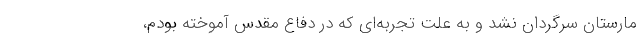
مارستان سرگردان نشد و به علت تجربه‌ای که در دفاع مقدس آموخته بودم،